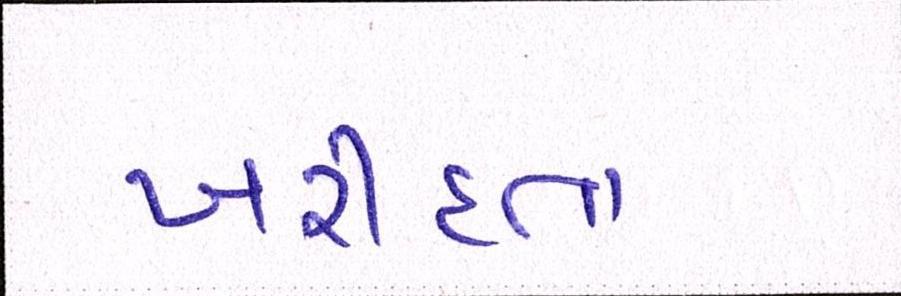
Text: ખરીદતા